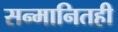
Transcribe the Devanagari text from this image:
सन्मानितही